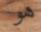
هو